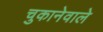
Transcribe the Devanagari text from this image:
चुकानेवाले